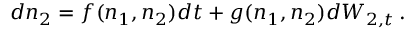
d n _ { 2 } = f ( n _ { 1 } , n _ { 2 } ) d t + g ( n _ { 1 } , n _ { 2 } ) d W _ { 2 , t } \, .